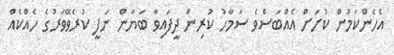
އެހެންކަމުން ކުށަށް އެއްބަސްވެ ސަމާހު ކުރިން ދީފައިވާ ބަޔާން ނަފީ ކުރެވޭވަރުގެ ހެއްކެއް